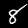
Digit: 8